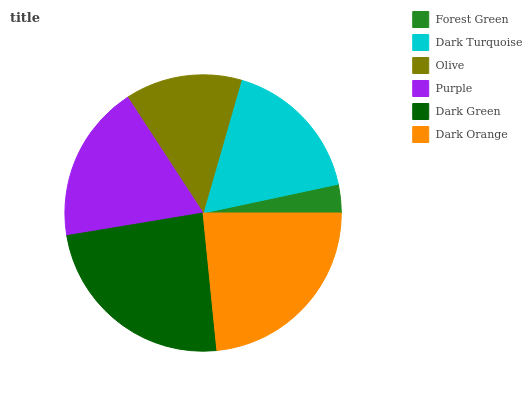
| Forest Green | Dark Turquoise | Olive | Purple | Dark Green | Dark Orange |
 | --- | --- | --- | --- | --- | --- |
 | 3.34% | 17.2% | 13.6% | 18.4% | 24% | 23.4% |